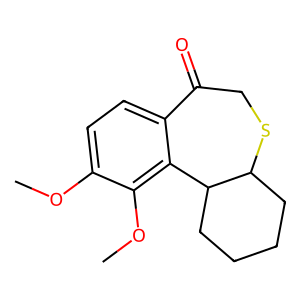
SMILES: COc1ccc2c(c1OC)C1CCCCC1SCC2=O
Inhibits HIV replication: No